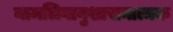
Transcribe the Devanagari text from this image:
नामलिगानुशासनात्मक